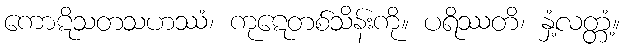
ကောဋိသတသဟဿံ၊ ကုဋေတစ်သိန်းကို။ ပရိဿတိ၊ နှံ့လတ္တံ့။